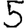
Digit: 5